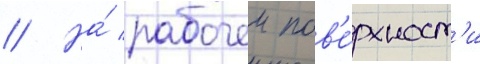
// На́ рабочеи пов'е́рхност'и